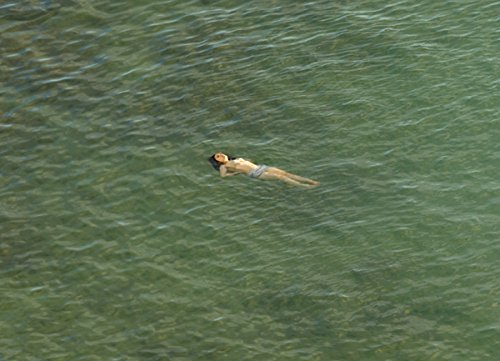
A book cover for Richard Misrach: The Mysterious Opacity of Other Beings; Arts & Photography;